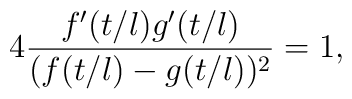
4 \frac{f'(t/l)g'(t/l)}{(f(t/l)-g(t/l))^2}=1,